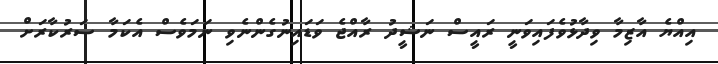
އިއްޔެ އާޒިމާ ވިދާޅުވެފައިވަނީ ރައީސް ނަޝީދު ރާއްޖެ ވަޑައިނުގެންނެވި ނަމަވެސް އެކަމާ ސަރުކާރަށް